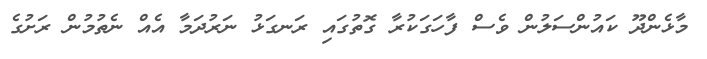
މާޅެންދޫ ކައުންސަލުން ވެސް ފާހަގަކުރާ ގޮތުގައި ރަނގަޅު ނަރުދަމާ އެއް ނެތުމުން ރަށުގެ